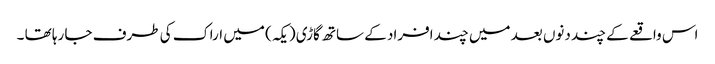
اس واقعے کے چند دنوں بعد میں چند افراد کے ساتھ گاڑی ( یکہ ) میں اراک کی طرف جا رہا تھا ۔